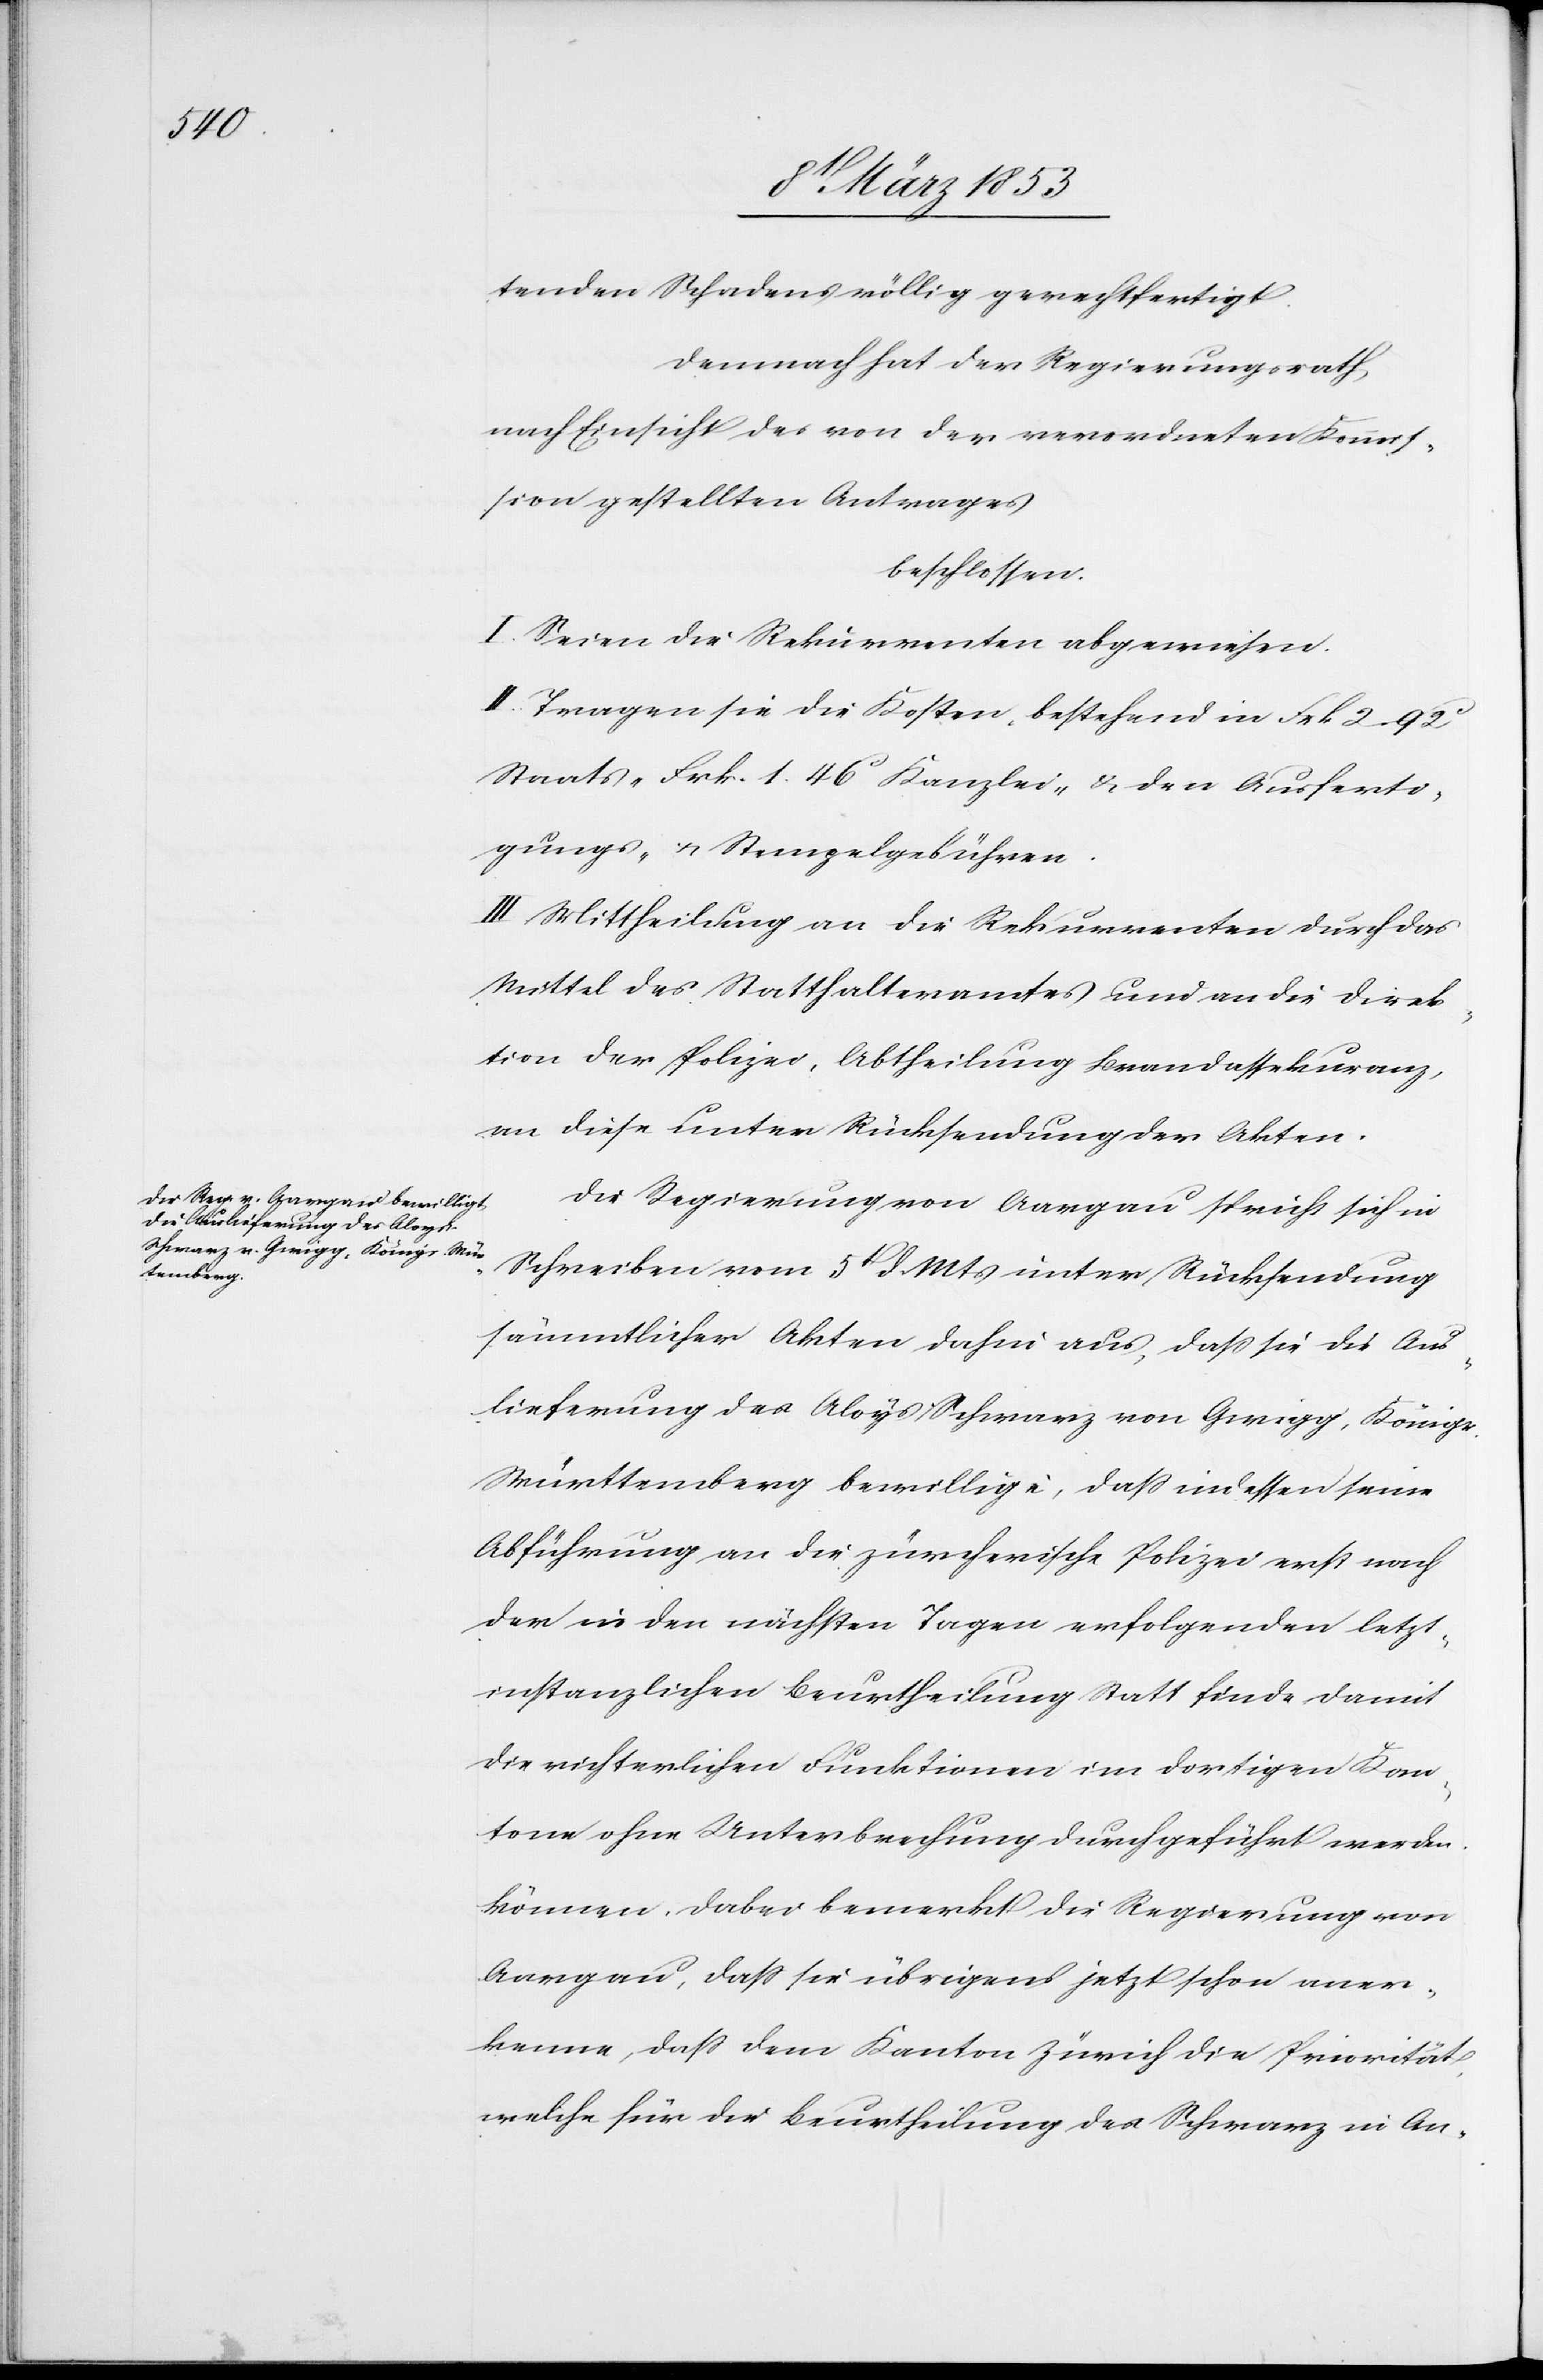
tenden Schadens völlig gerechtfertigt.
Demnach hat der Regierungsrath,
nach Einsicht des von der verordneten Kommis¬
sion gestellten Antrages
beschlossen:
I. Seien die Rekurrenten abzuweisen.
II. Tragen sie die Kosten bestehend in Frk. 2. 92c
Staats- Frk. 1. 46c Kanzlei- u. den Ausferti¬
gungs- u. Stempelgebühren.
III. Mittheilung an die Rekurrenten durch das
Mittel des Statthalteramtes und an die Direk¬
tion der Polizei, Abtheilung Brandassekuranz,
an diese unter Rücksendung der Akten.
Die Regierung von Aargau spricht sich im
Schreiben vom 5t. d. Mts. unter Rücksendung
sämmtlicher Akten dahin aus, daß sie die Aus¬
lieferung des Aloys Schwarz von Gwigg, Königr.
Württemberg bewillige, daß indessen seine
Abführung an die zürcherische Polizei erst nach
der in den nächsten Tagen erfolgenden letzt¬
instanzlichen Beurtheilung Statt finde damit
die richterlichen Funktionen im dortigen Kan¬
tone ohne Unterbrechung durchgeführt werden
können, dabei bemerkt die Regierung von
Aargau, daß sie übrigens jetzt schon aner¬
kenne, daß dem Kanton Zürich die Priorität,
welche für die Beurtheilung des Schwarz in An-